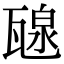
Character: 𤭯